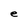
Character: e